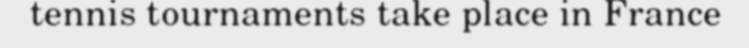
tennis tournaments take place in France